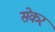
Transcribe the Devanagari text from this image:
सेकर